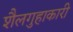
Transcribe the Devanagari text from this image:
शैलगुहाकारी